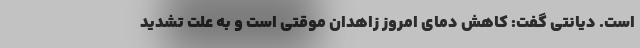
است. دیانتی گفت: کاهش دمای امروز زاهدان موقتی است و به علت تشدید